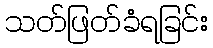
သတ်ဖြတ်ခံရခြင်း